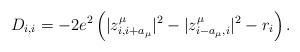
LaTeX: \begin{align*}D_{i,i}=-2e^{2}\left( |z^{\mu}_{i,i+a_{\mu}}|^{2}-|z^{\mu}_{i-a_{\mu},i}|^{2}-r_{i}\right).\end{align*}